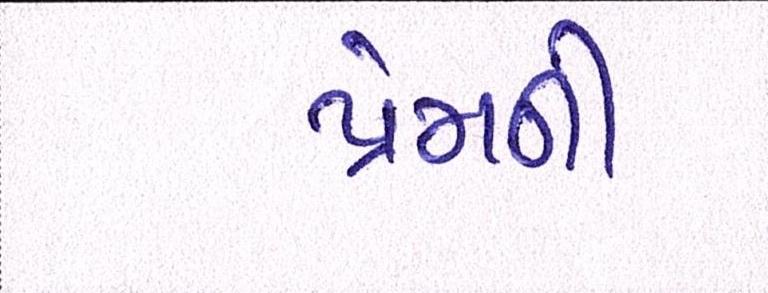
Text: પ્રેમની